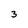
Character: 3